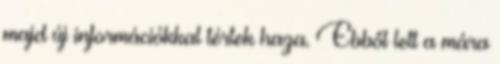
majd új információkkal tértek haza. Ebből lett a mára